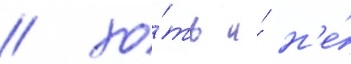
/ хо́ть и́ н'е́